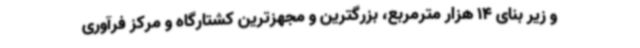
و زیر بنای 14 هزار مترمربع، بزرگترین و مجهزترین کشتارگاه و مرکز فرآوری